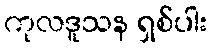
ကုလဒူသန ရှစ်ပါး